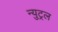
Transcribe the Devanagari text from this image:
न्युट्रल